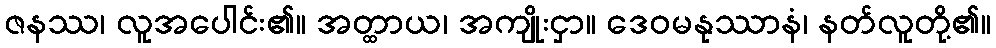
ဇနဿ၊ လူအပေါင်း၏။ အတ္ထာယ၊ အကျိုးငှာ။ ဒေဝမနုဿာနံ၊ နတ်လူတို့၏။